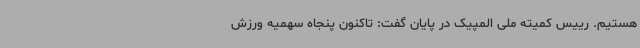
هستیم. رییس کمیته ملی المپیک در پایان گفت: تاکنون پنجاه سهمیه ورزش